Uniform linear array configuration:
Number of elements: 4
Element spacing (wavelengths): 0.5
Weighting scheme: cosine
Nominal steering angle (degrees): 15
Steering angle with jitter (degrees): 16.769
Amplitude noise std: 0.05
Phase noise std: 0.05

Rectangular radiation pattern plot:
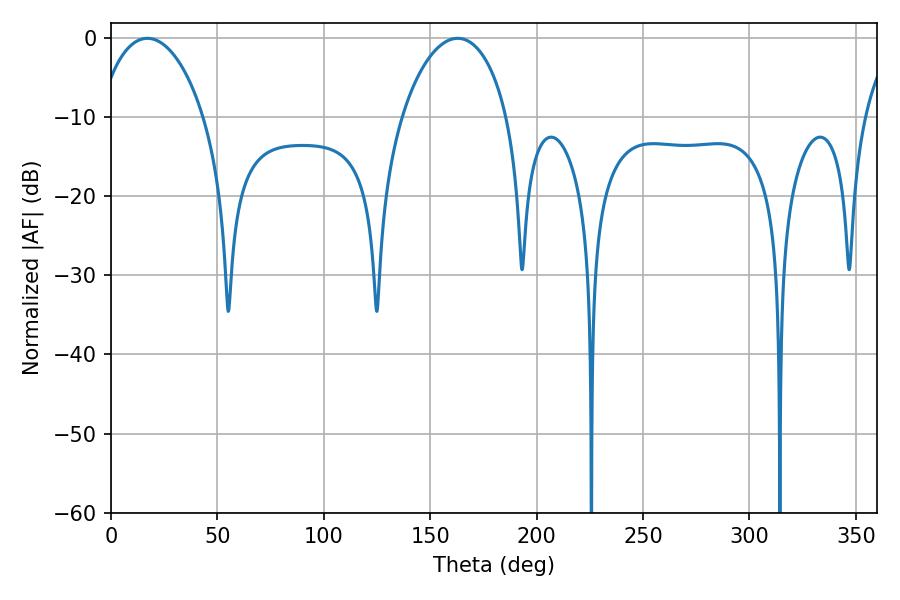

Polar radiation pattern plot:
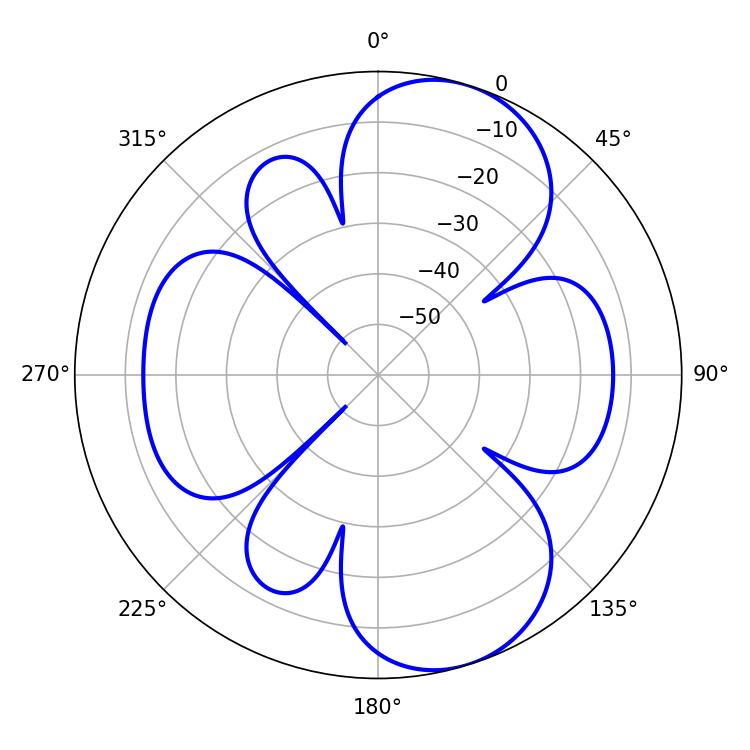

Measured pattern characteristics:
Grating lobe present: FALSE
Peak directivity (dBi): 8.472
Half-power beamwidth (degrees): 28.44
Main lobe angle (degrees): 17.1